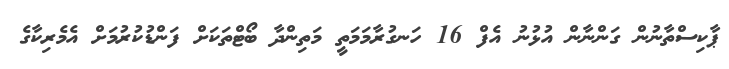
ޕާކިސްތާނުން ގަންނާން އުޅުނު އެފް 16 ހަނގުރާމަމަތީ މަތިންދާ ބޯޓްތަކަށް ފަންޑުކުރުމަށް އެމެރިކާގެ